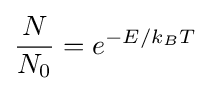
{{N} \over {N_{0}}}={e^{-E/k_{B}T}}